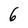
Character: 6